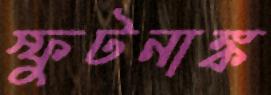
স্ফুটনাঙ্ক